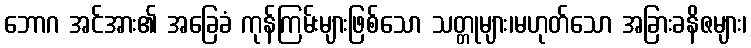
ဘောဂ အင်အား၏ အခြေခံ ကုန်ကြမ်းများဖြစ်သော သတ္တုများ၊မဟုတ်သော အခြားခနိဇများ၊